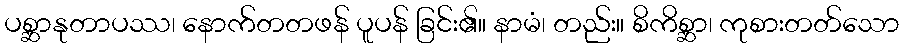
ပစ္ဆာနုတာပဿ၊ နောက်တတဖန် ပူပန် ခြင်း၏။ နာမံ၊ တည်း။ စိကိစ္ဆာ၊ ကုစားတတ်သော